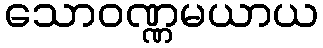
သောဝဏ္ဏမယာယ